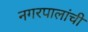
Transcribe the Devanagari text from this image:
नगरपालांची